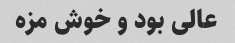
عالی بود و خوش مزه